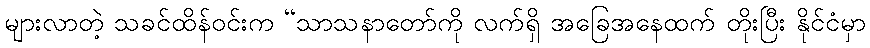
များလာတဲ့ သခင်ထိန်ဝင်းက “သာသနာတော်ကို လက်ရှိ အခြေအနေထက် တိုးပြီး နိုင်ငံမှာ